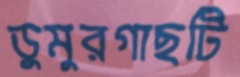
ডুমুরগাছটি